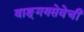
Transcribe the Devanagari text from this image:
वाङ्‌मयसेवेची